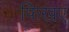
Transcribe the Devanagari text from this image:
फिखए